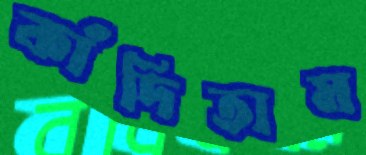
কাঁদিতাম